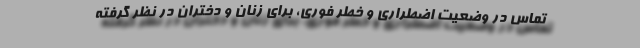
تماس در وضعیت اضطراری و خطر فوری، برای زنان و دختران در نظر گرفته